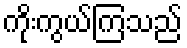
ကိုးကွယ်ကြသည်